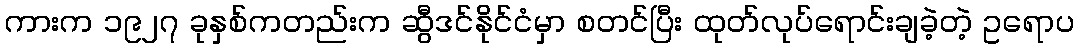
ကားက ၁၉၂၇ ခုနှစ်ကတည်းက ဆွီဒင်နိုင်ငံမှာ စတင်ပြီး ထုတ်လုပ်ရောင်းချခဲ့တဲ့ ဥရောပ